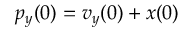
p _ { y } ( 0 ) = v _ { y } ( 0 ) + x ( 0 )